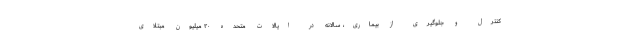
کنترل و جلوگیری از بیماری، سالانه در ایالات متحده ۲۰ میلیون مبتلای